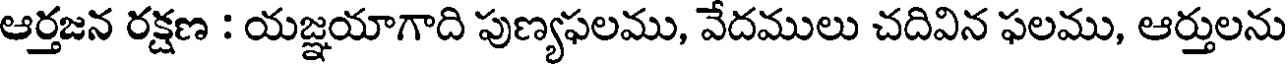
ఆర్తజన రక్షణ : యజ్ఞయాగాది పుణ్యఫలము, వేదములు చదివిన ఫలము, ఆర్తులను